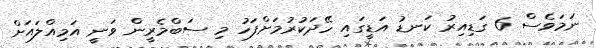
ނަމަވެސް 6 ގަޑިއިރު ކަނޑު އަޑީގައި ހޭދަކުރުމަށްފަހު މި ސަބްމެރީން ވަނީ އަމިއްލައަށް